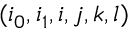
( i _ { 0 } , i _ { 1 } , i , j , k , l )